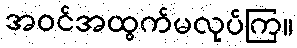
အဝင်အထွက်မလုပ်ကြ။